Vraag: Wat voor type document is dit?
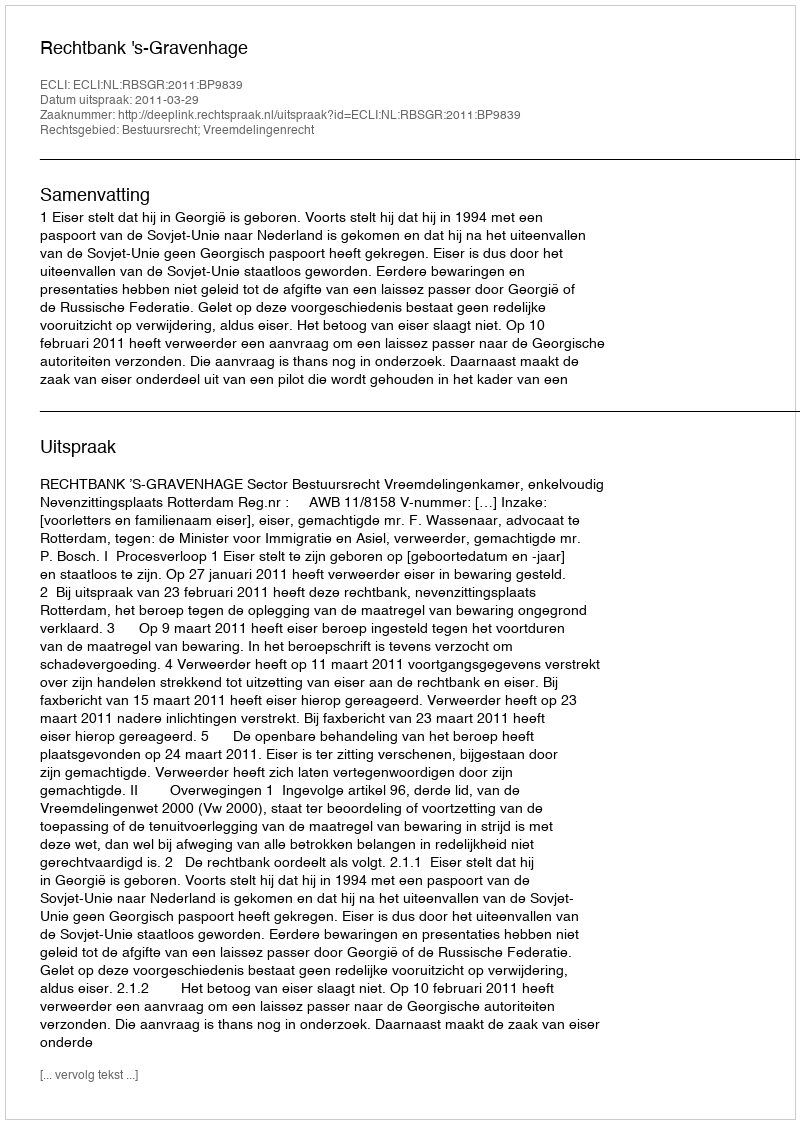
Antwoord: Uitspraak